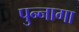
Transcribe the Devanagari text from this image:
पुन्नागा